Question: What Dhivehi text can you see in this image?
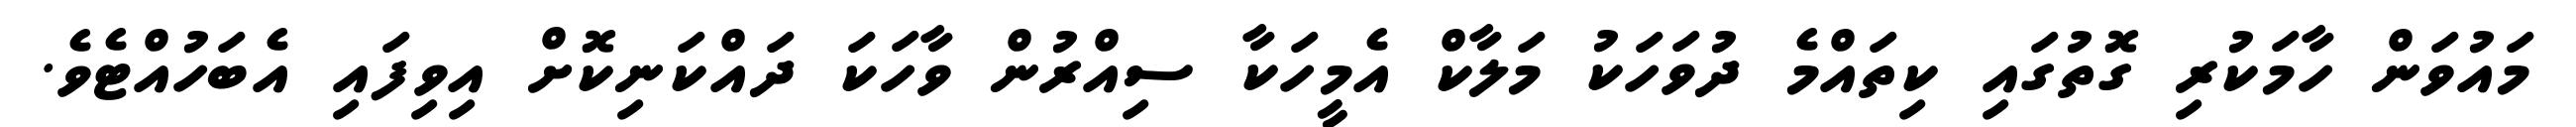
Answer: މައުވަން ހާމަކުރި ގޮތުގައި ކިތައްމެ ދުވަހަކު މަލާކް އެމީހަކާ ސިއްރުން ވާހަކަ ދައްކަނިކޮށް އިވިފައި އެބަހުއްޓެވެ.